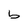
Character: b